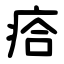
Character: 㾑